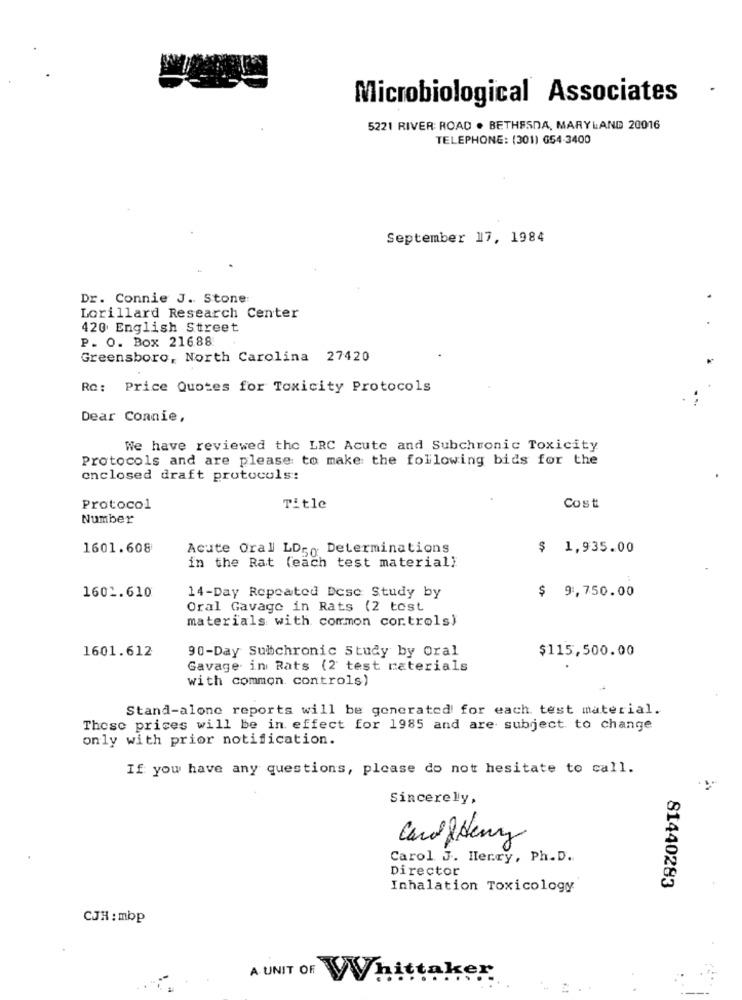
Microbiological Associates
5221 RIVER: ROAD . BETHESDA, MARYLAND 20016
TELEPHONE: (301) 654-3400
September 17, 1984
Dr. Connie J. Stone:
.
Lorillard Research Center
420 English Street
P. O. Box 216.88
Greensboro, North Carolina 27420
Rc: Price Quotes for Toxicity Protocols
. .
Dear Connie,
We have reviewed the LRC Acute and Subchronic Toxicity
Protocols and are please to make the following bids for the
enclosed draft protocols:
Protocol
Title
Cost
Number
1601.608
Acute Oral LD50 Determinations
$ 1,935.00
in the Rat (each test material)
$ 9,750.00
1602.610
14-Day Repeated Dese Study by
Oral Gavage in Rats (2 tost
materials with common controls)
1601.612
90-Day Subchronic Study by Oral
$115,500.00
Gavage in Rats (2 test materials
with common controls)
Stand-alone reports will be generated for each test material.
These prices will be in effect for 1985 and are subject to change
only with prior notification.
If you have any questions, please do not hesitate to call.
Sincerely,
CardSony
Carol J. Herry, Ph.D.
Director
Inhalation Toxicology
81440283
CJH : mbp
A UNIT OF
WWhittaker